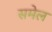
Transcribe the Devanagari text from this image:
समेल